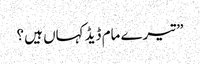
” تیرے مام ڈیڈ کہاں ہیں ؟